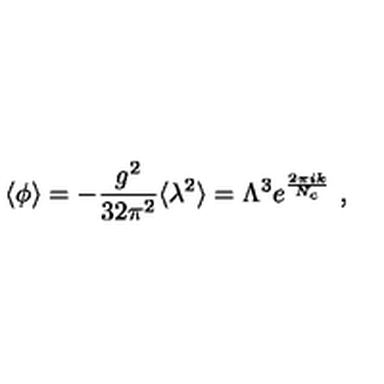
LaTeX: \langle \phi \rangle = - \frac { g ^ { 2 } } { 3 2 \pi ^ { 2 } } \langle \lambda ^ { 2 } \rangle = \Lambda ^ { 3 } e ^ { \frac { 2 \pi i k } { N _ { c } } } \ ,